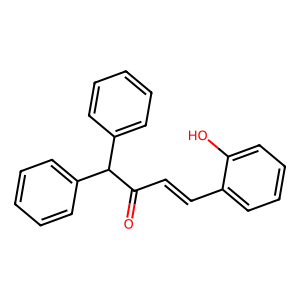
SMILES: O=C(C=Cc1ccccc1O)C(c1ccccc1)c1ccccc1
Inhibits HIV replication: No